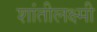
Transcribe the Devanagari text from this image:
शांतीलक्ष्मी